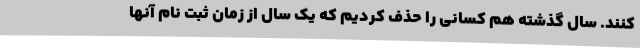
کنند. سال گذشته هم کسانی را حذف کردیم که یک سال از زمان ثبت نام آنها